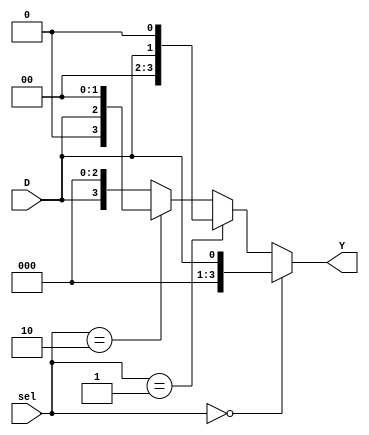
module DEMUX4_1 (D,Y,sel);
input D;
input [1:0]sel;
output reg [3:0]Y;
//the demux give the input to one output at a time
//solve it using concatinations easily!!!

always@(*)begin
    if(sel == 2'b00)begin
    Y = {3'b000,D};
    end
    else if (sel == 2'b01)begin
    Y = {2'b00,D,1'b0};
    end
    else if (sel == 2'b10)begin
    Y = {1'b0,D,2'b00};
    end
    else begin
    Y = {D,3'b000};
    end
    
end
endmodule